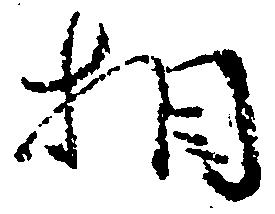
相